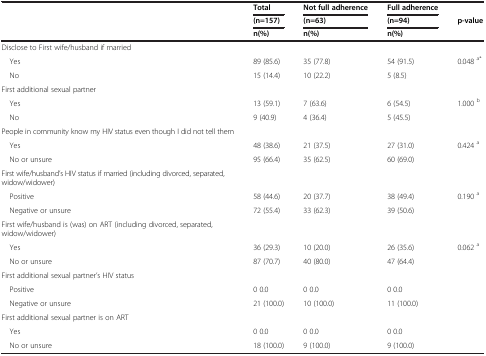
<table><thead><tr><td><b> </b></td><td><b>Total</b></td><td><b>Not full adherence</b></td><td><b>Full adherence</b></td><td><b> </b></td></tr><tr><td><b> </b></td><td><b>(n=157)</b></td><td><b>(n=63)</b></td><td><b>(n=94)</b></td><td><b>p-value</b></td></tr><tr><td><b> </b></td><td><b>n(%)</b></td><td><b>n(%)</b></td><td><b>n(%)</b></td><td><b> </b></td></tr></thead><tbody><tr><td>Disclose to First wife/husband if married</td><td> </td><td> </td><td> </td><td> </td></tr><tr><td> Yes</td><td>89 (85.6)</td><td>35 (77.8)</td><td>54 (91.5)</td><td>0.048 <sup>a*</sup></td></tr><tr><td> No</td><td>15 (14.4)</td><td>10 (22.2)</td><td>5 (8.5)</td><td> </td></tr><tr><td>First additional sexual partner</td><td> </td><td> </td><td> </td><td> </td></tr><tr><td> Yes</td><td>13 (59.1)</td><td>7 (63.6)</td><td>6 (54.5)</td><td>1.000 <sup>b</sup></td></tr><tr><td> No</td><td>9 (40.9)</td><td>4 (36.4)</td><td>5 (45.5)</td><td> </td></tr><tr><td>People in community know my HIV status even though I did not tell them</td><td> </td><td> </td><td> </td><td> </td></tr><tr><td> Yes</td><td>48 (38.6)</td><td>21 (37.5)</td><td>27 (31.0)</td><td>0.424 <sup>a</sup></td></tr><tr><td> No or unsure</td><td>95 (66.4)</td><td>35 (62.5)</td><td>60 (69.0)</td><td> </td></tr><tr><td>First wife/husband’s HIV status if married (including divorced, separated, widow/widower)</td><td> </td><td> </td><td> </td><td> </td></tr><tr><td> Positive</td><td>58 (44.6)</td><td>20 (37.7)</td><td>38 (49.4)</td><td>0.190 <sup>a</sup></td></tr><tr><td> Negative or unsure</td><td>72 (55.4)</td><td>33 (62.3)</td><td>39 (50.6)</td><td> </td></tr><tr><td>First wife/husband is (was) on ART (including divorced, separated, widow/widower)</td><td> </td><td> </td><td> </td><td> </td></tr><tr><td> Yes</td><td>36 (29.3)</td><td>10 (20.0)</td><td>26 (35.6)</td><td>0.062 <sup>a</sup></td></tr><tr><td> No or unsure</td><td>87 (70.7)</td><td>40 (80.0)</td><td>47 (64.4)</td><td> </td></tr><tr><td>First additional sexual partner’s HIV status</td><td> </td><td> </td><td> </td><td> </td></tr><tr><td> Positive</td><td>0 0.0</td><td>0 0.0</td><td>0 0.0</td><td> </td></tr><tr><td> Negative or unsure</td><td>21 (100.0)</td><td>10 (100.0)</td><td>11 (100.0)</td><td> </td></tr><tr><td>First additional sexual partner is on ART</td><td> </td><td> </td><td> </td><td> </td></tr><tr><td> Yes</td><td>0 0.0</td><td>0 0.0</td><td>0 0.0</td><td> </td></tr><tr><td> No or unsure</td><td>18 (100.0)</td><td>9 (100.0)</td><td>9 (100.0)</td><td> </td></tr></tbody></table>